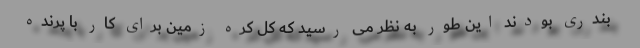
بندری بودند این طور به نظر می رسید که کل کره زمین برای کار با پرنده